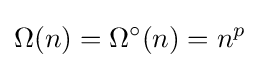
\Omega (n)=\Omega ^{\circ }(n)=n^{p}